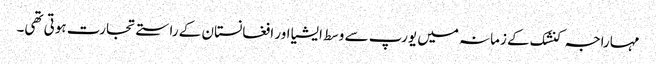
مہاراجہ کنشک کے زمانہ میں یورپ سے وسط ایشیا اور افغانستان کے راستے تجارت ہوتی تھی۔